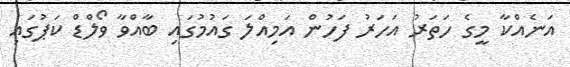
އަނެއްކާ މީގެ ހަތަރު އަހަރު ފަހުން އަމިއްލަ ގައުމުގައި ބާއްވާ ވޯލްޑް ކަޕުގައި